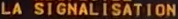
LA SIGNALISATION